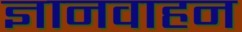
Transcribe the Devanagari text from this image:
ज्ञानवाहन